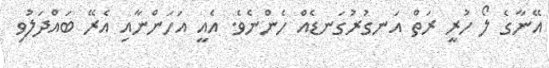
އޭނާގެ ލޯ ހުރީ ރަތް އަނގުރުގަނޑެއް ހެންނެވެ. އެއީ އަހަންނާއި އެރޭ ބައްދަލުވި